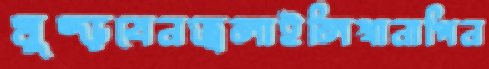
মুষ্‌ড়বেনজ্বলাইলিখানাপিন